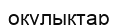
окулыктар